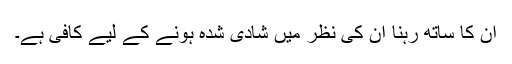
ان کا ساتھ رہنا ان کی نظر میں شادی شدہ ہونے کے لیے کافی ہے۔